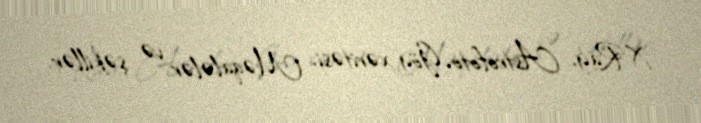
X-Ray, Astrofoto, Göy xəritəsi, Məqalələr və şəkillər.